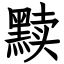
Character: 黩